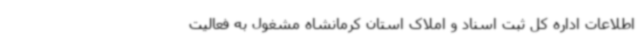
اطلاعات اداره کل ثبت اسناد و املاک استان کرمانشاه مشغول به فعالیت